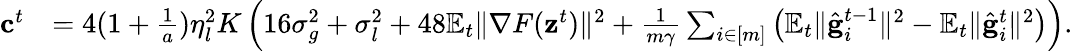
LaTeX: \begin{array}{rl}{\mathbf{c}^{t}}&{=4(1+\frac{1}{a})\eta_{l}^{2}K\left(16\sigma_{g}^{2}+\sigma_{l}^{2}+48\mathbb{E}_{t}\Vert\nabla F(\mathbf{z}^{t})\Vert^{2}+\frac{1}{m\gamma}\sum_{i\in[m]}\left(\mathbb{E}_{t}\Vert\hat{\mathbf{g}}_{i}^{t-1}\Vert^{2}-\mathbb{E}_{t}\Vert\hat{\mathbf{g}}_{i}^{t}\Vert^{2}\right)\right).}\end{array}